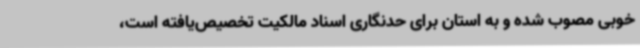
خوبی مصوب شده و به استان برای حدنگاری اسناد مالکیت تخصیص‌یافته است،